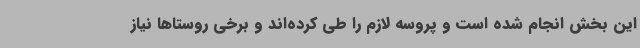
این بخش انجام شده است و پروسه لازم را طی کرده‌اند و برخی روستاها نیاز